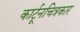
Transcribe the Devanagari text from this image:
कार्टूनचित्रकार